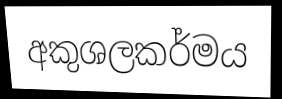
අකුශලකර්මය